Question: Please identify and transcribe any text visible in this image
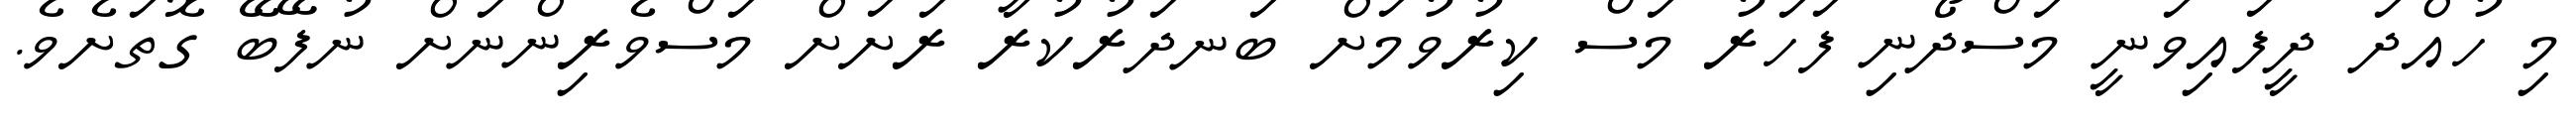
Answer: މި ހުއްދަ ދީފައިވަނީ މަސްދޯނި ފަހަރު މަސް ކިރުވުމަށް ބަނދަރުކުރާ ރަށަށް މަސްވެރިންނަށް ނުފޭބޭ ގޮތަށެވެ.